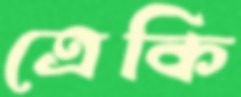
ত্রেকি